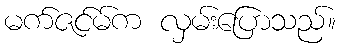
မက်ဇင်မ်က လှမ်းပြောသည်။